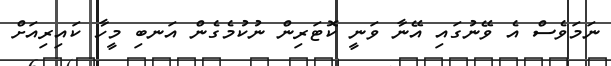
ނަމަވެސް އެ ވޭނުގައި އޭނާ ވަނީ ކޮޓަރިން ނުކުމެގެން އަނބި މީހާ ކައިރިއަށް